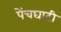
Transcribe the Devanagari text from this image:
पेंचघाटी